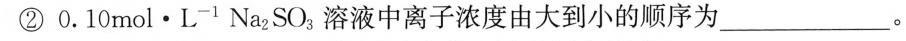
②0.10mol·L^{-1}Na_{2}SO_{3}溶液中离子浓度由大到小的顺序为___。